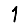
Digit: 1